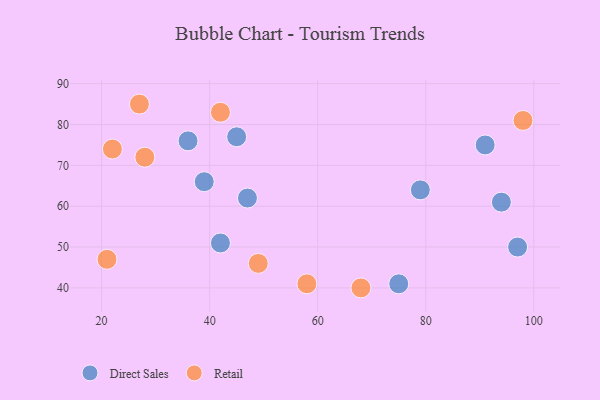
{"axis": {"x": "GDP", "y": "Life Expectancy"}, "legend": ["Direct Sales", "Retail"], "data": [{"x": "42", "y": 51, "type": "Direct Sales"}, {"x": "94", "y": 61, "type": "Direct Sales"}, {"x": "36", "y": 76, "type": "Direct Sales"}, {"x": "97", "y": 50, "type": "Direct Sales"}, {"x": "91", "y": 75, "type": "Direct Sales"}, {"x": "75", "y": 41, "type": "Direct Sales"}, {"x": "39", "y": 66, "type": "Direct Sales"}, {"x": "79", "y": 64, "type": "Direct Sales"}, {"x": "45", "y": 77, "type": "Direct Sales"}, {"x": "47", "y": 62, "type": "Direct Sales"}, {"x": "49", "y": 46, "type": "Retail"}, {"x": "58", "y": 41, "type": "Retail"}, {"x": "98", "y": 81, "type": "Retail"}, {"x": "21", "y": 47, "type": "Retail"}, {"x": "28", "y": 72, "type": "Retail"}, {"x": "68", "y": 40, "type": "Retail"}, {"x": "27", "y": 85, "type": "Retail"}, {"x": "42", "y": 83, "type": "Retail"}, {"x": "22", "y": 74, "type": "Retail"}]}